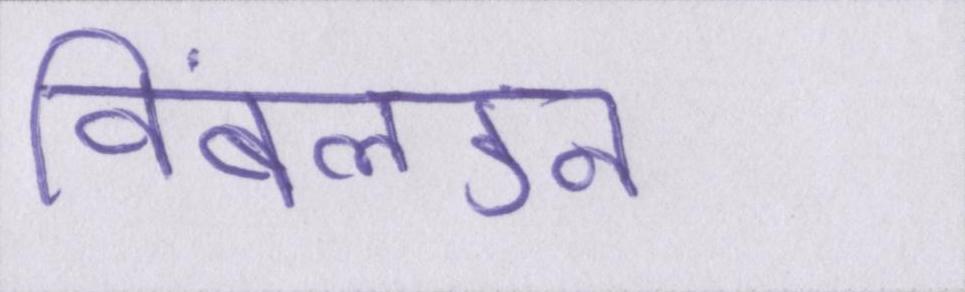
विंबलडन